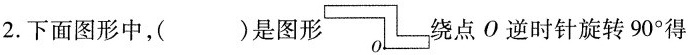
2.下面图形中，()是图形 绕点О逆时针旋转90^{\circ}得